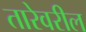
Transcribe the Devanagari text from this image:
तारेवरील